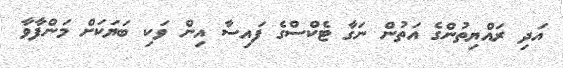
އަދި ރައްޔިތުންގެ އަތުން ނަގާ ޓެކްސްގެ ފައިސާ އިން ވަކި ބަޔަކަށް މަންފާވާ